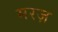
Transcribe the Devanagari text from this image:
मरज़